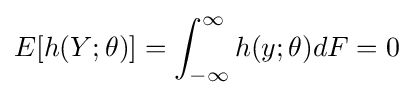
E[h(Y;\theta )]=\int _{-\infty }^{\infty }h(y;\theta )dF=0